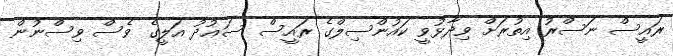
ރައީސް ނަސްރު އިތުރަށް ވިދާޅުވީ ކައުންސިލްގެ ރައީސް ސަޢުދު އަލީގެ ވެސް ވިސްނުން